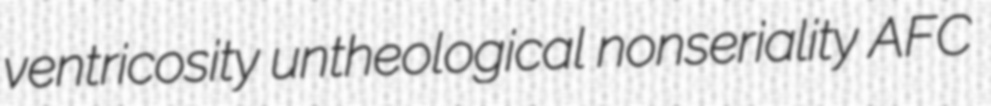
ventricosity untheological nonseriality AFC